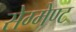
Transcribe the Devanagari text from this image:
सेग्मेण्ट